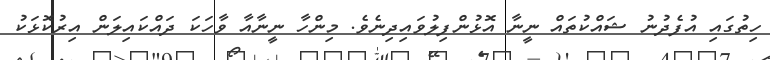
ހިތުގައި އުފެދުނު ޝައްކުތައް ނީނާ އޮޅުންފިލުވައިދިނެވެ. މިންހާ ނީނާއާ ވާހަކަ ދައްކައިލަން އިރުކޮޅަކު